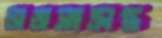
ভাঙাসংক্রান্ত